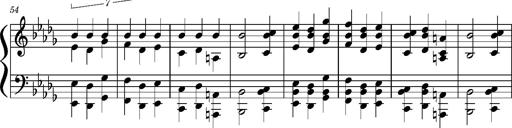
Title: Concerto sans orchestre, S.524a
Composer: Franz Liszt
Key: A major